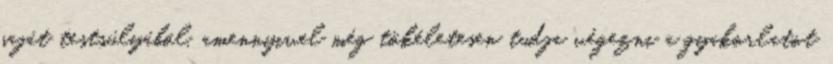
saját testsúlyából, amennyivel még tökéletesen tudja végezni a gyakorlatot